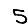
Digit: 5